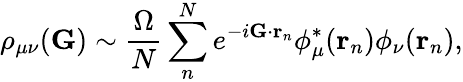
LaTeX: \rho_{\mu\nu}(\mathbf{G})\sim\frac{\Omega}{N}\sum_{n}^{N}e^{-i\mathbf{G}\cdot\mathbf{r}_{n}}\phi_{\mu}^{*}(\mathbf{r}_{n})\phi_{\nu}(\mathbf{r}_{n}),